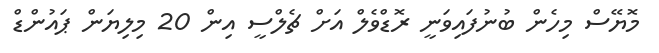
މޮޔޭސް މިހެން ބުނުފައިވަނީ ރޮޑްވެލް އަށް ޗެލްސީ އިން 20 މިލިޔަން ޕައުންޑް